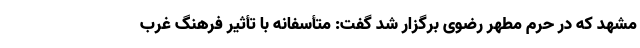
مشهد که در حرم مطهر رضوی برگزار شد گفت: متأسفانه با تأثیر فرهنگ غرب